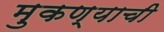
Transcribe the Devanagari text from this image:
मुकण्याची